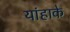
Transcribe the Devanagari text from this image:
यांहाके